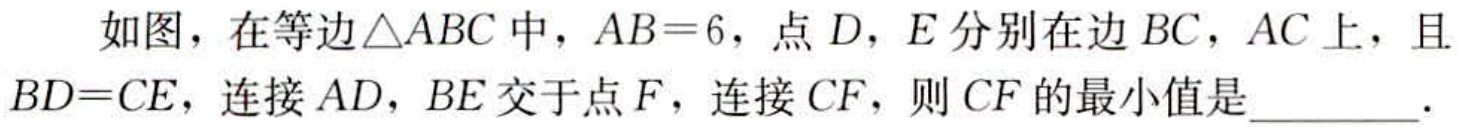
如图，在等边\(\triangle ABC\)中，\(AB = 6\)，点\(D\)，\(E\)分别在边\(BC\)，\(AC\)上，且\(BD = CE\)，连接\(AD\)，\(BE\)交于点\(F\)，连接\(CF\)，则\(CF\)的最小值是  ．